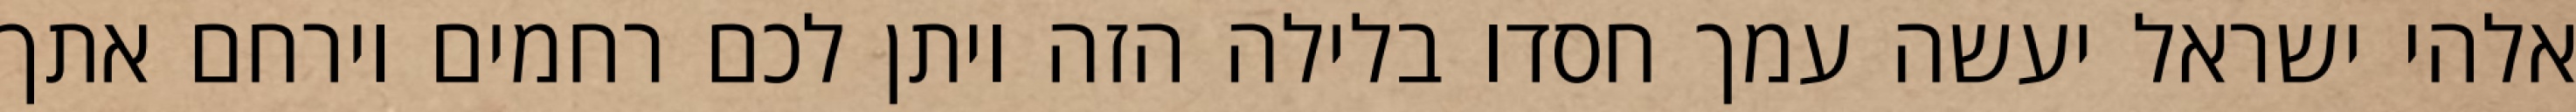
אלהי ישראל יעשה עמך חסדו בלילה הזה ויתן לכם רחמים וירחם אתך